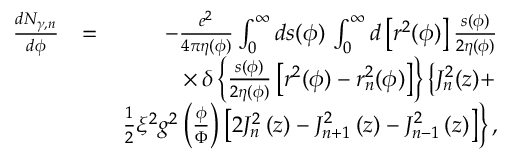
\begin{array} { r l r } { \frac { d N _ { \gamma , n } } { d \phi } } & { = } & { - \frac { e ^ { 2 } } { 4 \pi \eta ( \phi ) } \int _ { 0 } ^ { \infty } d s ( \phi ) \, \int _ { 0 } ^ { \infty } d \left[ r ^ { 2 } ( \phi ) \right] \frac { s ( \phi ) } { 2 \eta ( \phi ) } } \\ & { } & { \times \, \delta \left\{ \frac { s ( \phi ) } { 2 \eta ( \phi ) } \left[ r ^ { 2 } ( \phi ) - r _ { n } ^ { 2 } ( \phi ) \right] \right\} \left\{ J _ { n } ^ { 2 } ( z ) + \right. } \\ & { } & { \left. \frac { 1 } { 2 } \xi ^ { 2 } g ^ { 2 } \left( \frac { \phi } { \Phi } \right) \left[ 2 J _ { n } ^ { 2 } \left( z \right) - J _ { n + 1 } ^ { 2 } \left( z \right) - J _ { n - 1 } ^ { 2 } \left( z \right) \right] \right\} , } \end{array}